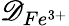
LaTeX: \mathscr{D}_{Fe^{3+}}